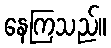
နေကြသည်။